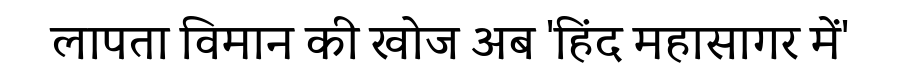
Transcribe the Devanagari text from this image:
लापता विमान की खोज अब 'हिंद महासागर में'